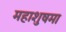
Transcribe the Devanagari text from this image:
महाशुषमा